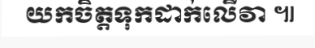
យកចិត្តទុកដាក់លើវា ៕